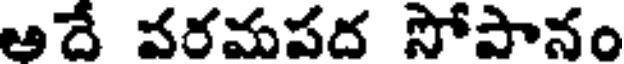
ఆదే వరమపద సోపానం